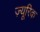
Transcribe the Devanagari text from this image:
ज़्यूरिक